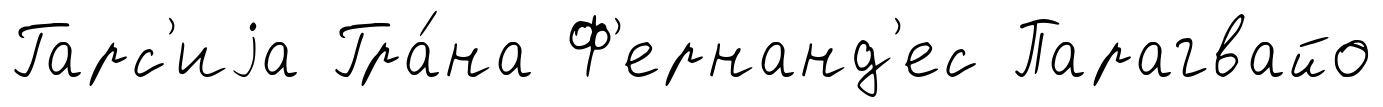
Гарс'иjа Гра́на Ф'ернанд'ес Парагвайо